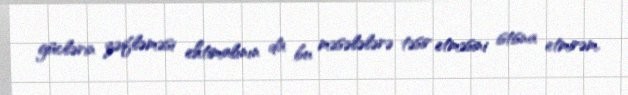
güclərin zəifləməsi ehtimalının da bu məsələlərə təsir etməsini istisna etmirəm.